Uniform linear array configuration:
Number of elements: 24
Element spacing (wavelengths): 0.25
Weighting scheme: cosine
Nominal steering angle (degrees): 45
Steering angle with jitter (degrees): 44.25
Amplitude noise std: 0.05
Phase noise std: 0.05

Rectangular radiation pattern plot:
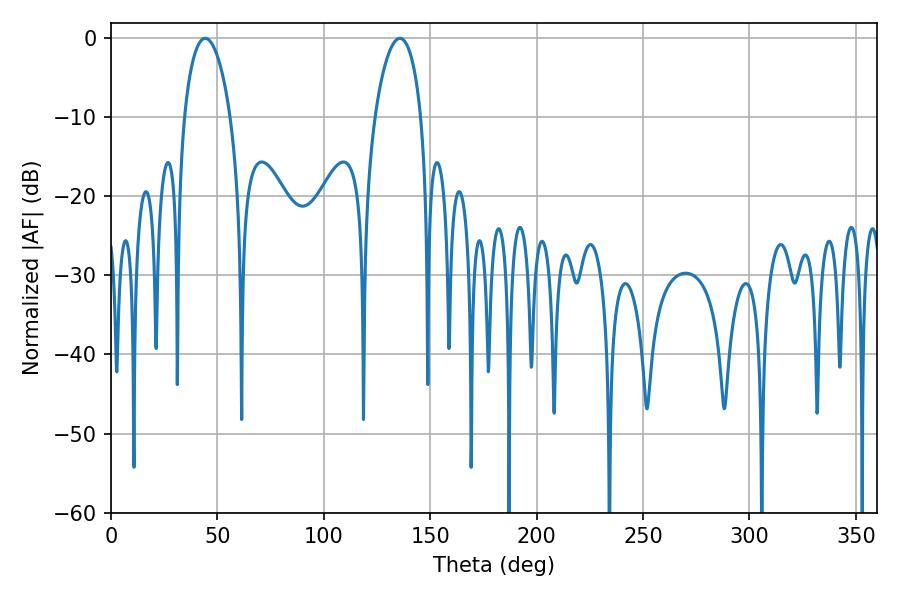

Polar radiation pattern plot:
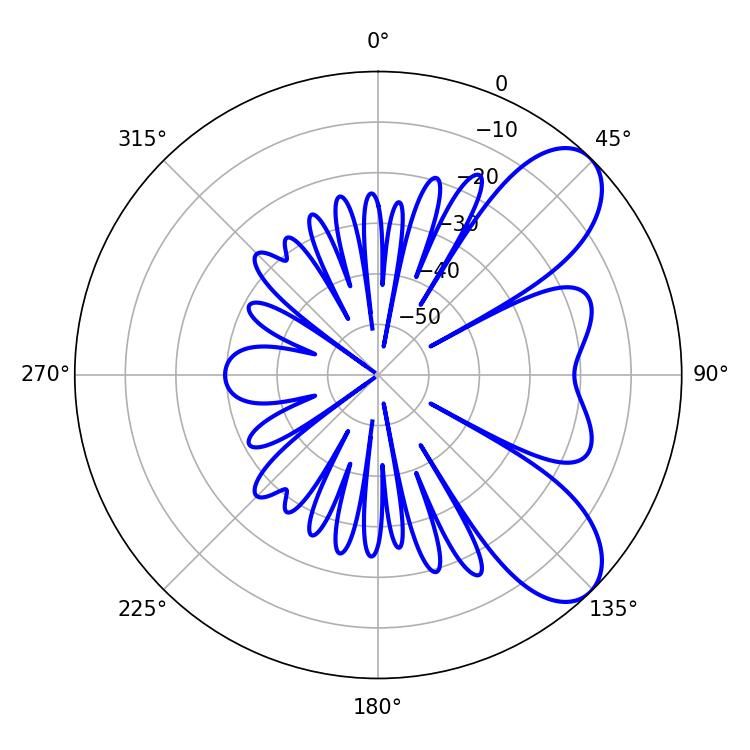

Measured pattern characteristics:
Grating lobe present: FALSE
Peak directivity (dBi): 7.798
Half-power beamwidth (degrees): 12.42
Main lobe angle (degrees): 44.28